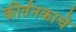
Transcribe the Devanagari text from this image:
कीर्तनकाचे